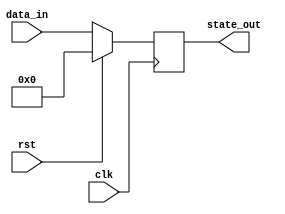
module synchronous_reset_block (
    input wire clk,          // Clock signal
    input wire rst,          // Active-high reset signal
    input wire [7:0] data_in, // Example data input
    output reg [7:0] state_out // State output
);

// Initial state
initial begin
    state_out = 8'b0; // Reset state
end

// Synchronous reset and state update
always @(posedge clk) begin
    if (rst) begin
        // Reset state
        state_out <= 8'b0; // Set to predefined reset state
    end else begin
        // Normal operation: update state based on data input
        state_out <= data_in; // Example logic: update state with data input
    end
end

endmodule